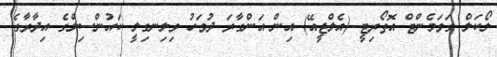
ލޯކަލް ގަވަމެންޓް އޮތޯރިޓީ (އެލްޖީއޭ) އިން އަންގާރަ ދުވަހު ވިލިނގިލީ ކައުންސިލްގެ އިދާރާގެ